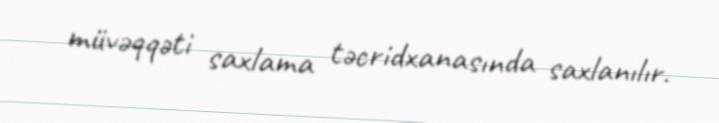
müvəqqəti saxlama təcridxanasında saxlanılır.